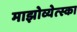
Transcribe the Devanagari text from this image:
माझोव्येत्स्का